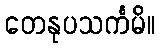
တေနုပသင်္ကမိ။